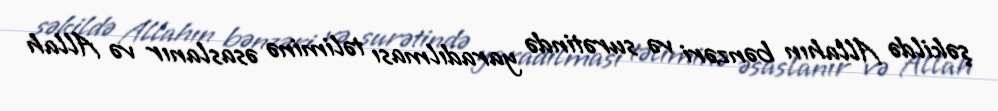
şəkildə Allahın bənzəri və surətində yaradılması təliminə əsaslanır və Allah